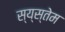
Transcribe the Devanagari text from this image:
स्य्स्तेम